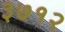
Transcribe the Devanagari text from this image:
३७१२